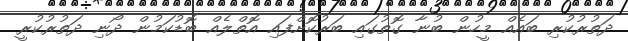
ދަތުރުކުރި ބައެއް މީހުން ބުނާ ގޮތުގައި ބަރުކޮށްފައި އޮތްލެއް ބޮޑުކަމުން ދޯނި ދަތުރުކުރީ